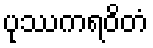
ပုဿကရဝိတံ